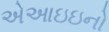
એઆઇઇનો